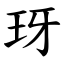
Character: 玡